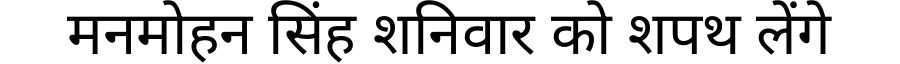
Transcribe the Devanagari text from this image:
मनमोहन सिंह शनिवार को शपथ लेंगे